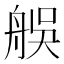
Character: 𦨼